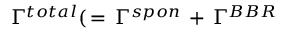
\Gamma ^ { t o t a l } ( \, = \, \Gamma ^ { s p o n } \, + \, \Gamma ^ { B B R }